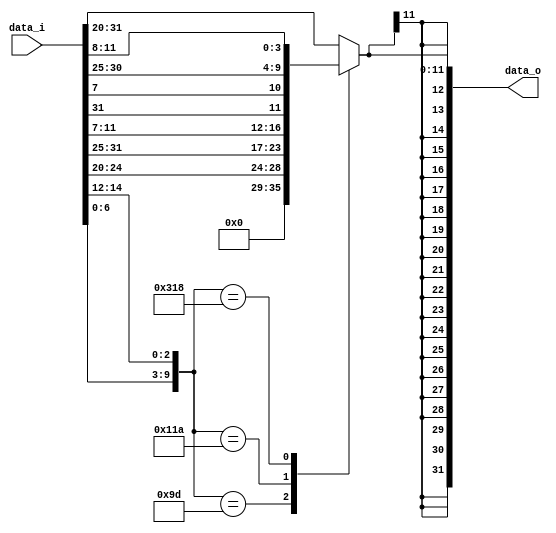
module Sign_Extend(data_i, data_o);
// reference: https://stackoverflow.com/questions/4176556/how-to-sign-extend-a-number-in-verilog
// Sign-Extendimm fieldopcode+func3
input [31:0] data_i;
output [31:0] data_o;
wire [9:0] opfunc3;
reg signed [11:0] imm;
assign opfunc3 = {data_i[6:0], data_i[14:12]};
always @(*) begin
case (opfunc3)
	// addi
	10'b0010011000: imm = data_i[31:20];
	// srai
	10'b0010011101: imm = data_i[24:20];
	// lw
	10'b0000011010: imm = data_i[31:20];
	// sw
	10'b0100011010: imm = {data_i[31:25], data_i[11:7]};
	// beq
	// 13-bit!
	10'b1100011000:
	begin
		// LSB as 0 //left shifter (ls 1)
		imm = {data_i[31], data_i[7], data_i[30:25], data_i[11:8]};
	end
	default: imm = data_i[31:20];
	endcase
end
assign data_o = {{20{imm[11]}}, imm};
endmodule
/*
// testbench, instead of writing a Sign_Extend_tb.v
// keep it in a file
module Sign_Ex_tb;
	reg [31:0] A;
	wire [31:0] O;
Sign_Extend uut(A, O);
initial
	begin
		$dumpfile("Sign_Extend.vcd"); //fsdb vcd
		$dumpvars(0, Sign_Ex_tb);
		#50 A = 32'b00000000000000000000000000010011; //addi r0, r0, 0
        $monitor("A = %b | O = %b", A, O);
		#50 A = 32'b01000000111100000101000000010011; // srai r0, r0,01111
        $monitor("A = %b | O = %b", A, O);
		#50 A = 32'b00000000001100000010000000000011; // lw r0, 3(r0)                                     //lw
        $monitor("A = %b | O = %b", A, O);
		#50 A = 32'b00000010000000000010000010100011; // sw 000000100001 32+1=33
        $monitor("A = %b | O = %b", A, O);
		#50 A = 32'b10000010000000000000100011100011;  //beq 110000011000(0) -> 
		$monitor("A = %b | O = %b", A, O);
		#50 $finish;
	end
endmodule
*/